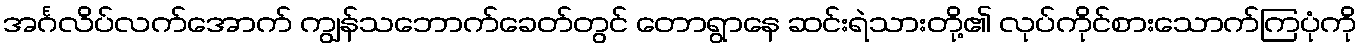
အင်္ဂလိပ်လက်အောက် ကျွန်သဘောက်ခေတ်တွင် တောရွာနေ ဆင်းရဲသားတို့၏ လုပ်ကိုင်စားသောက်ကြပုံကို